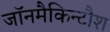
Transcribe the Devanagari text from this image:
जॉनमैकिन्टौश